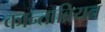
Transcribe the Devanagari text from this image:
कान्ताब्रियन